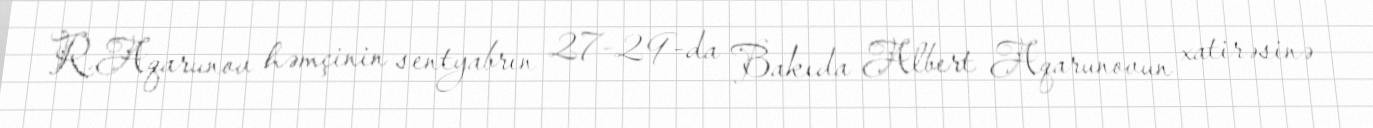
R.Aqarunov həmçinin sentyabrın 27-29-da Bakıda Albert Aqarunovun xatirəsinə